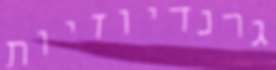
גרנדיוזיות